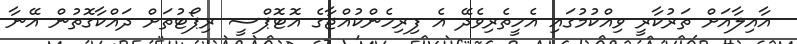
އާއިލާއަށް ތަރުކާރީ ވިއްކުމުގައި އެހީތެރިވެދޭ އެ ފިރިހެންކުއްޖާގެ އޮޓޮޕްސީ ރިޕޯޓުތަށް ދައްކާގޮތުން އޭނާ